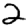
Digit: 2